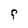
Character: F